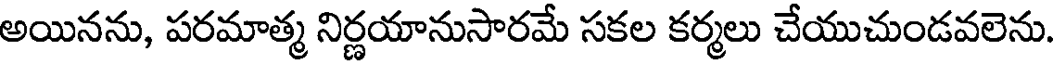
అయినను, పరమాత్మ నిర్ణయానుసారమే సకల కర్మలు చేయుచుండవలెను.